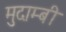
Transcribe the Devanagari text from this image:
मुदाम्बी